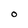
Character: O